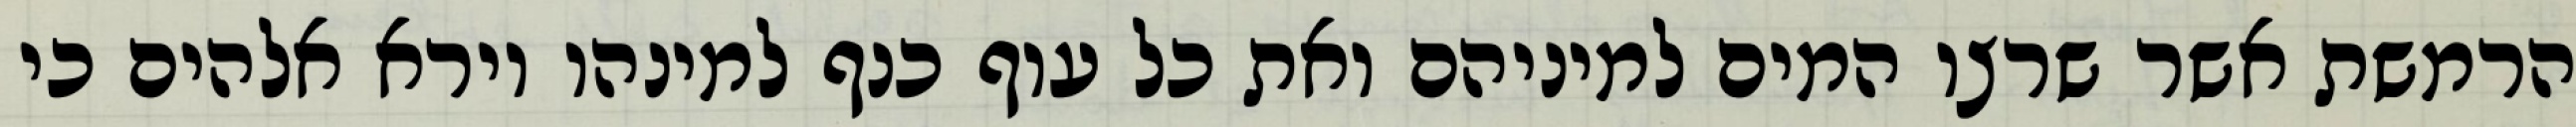
הרמשת אשר שרצו המים למיניהם ואת כל עוף כנף למינהו וירא אלהים כי